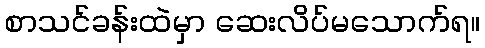
စာသင်ခန်းထဲမှာ ဆေးလိပ်မသောက်ရ။